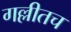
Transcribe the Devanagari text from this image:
गल्लीतच